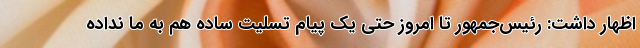
اظهار داشت: رئیس‌جمهور تا امروز حتی یک پیام تسلیت ساده هم به ما نداده